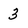
Character: 3